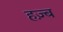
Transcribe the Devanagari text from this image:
हज़्ब